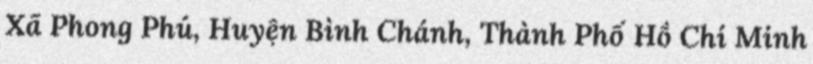
Xã Phong Phú, Huyện Bình Chánh, Thành Phố Hồ Chí Minh